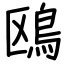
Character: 鴎